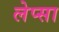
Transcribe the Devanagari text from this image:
लेप्सा